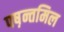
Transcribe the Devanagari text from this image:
पष़न्तमिल